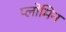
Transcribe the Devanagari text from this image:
प्लोमिन